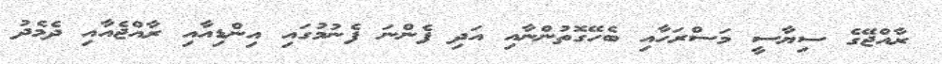
ރާއްޖޭގެ ސިޔާސީ މަސްރަހާއި ބެހޭގޮތުންނާއި އަދި ފެންނަ ފެނުމުގައި އިންޑިއާއި ރާއްޖެއާއި ދެމެދު